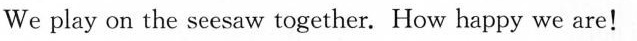
We play on the seesaw together. How happy we are!